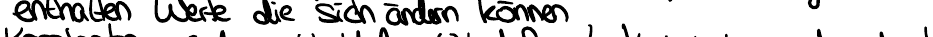
enthalten Werte die sich ändern können